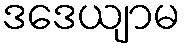
ဒဒေယျာမ